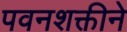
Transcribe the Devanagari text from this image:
पवनशक्तीने